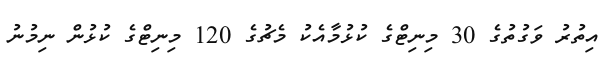
އިތުރު ވަގުތުގެ 30 މިނިޓްގެ ކުޅުމާއެކު މެޗުގެ 120 މިނިޓްގެ ކުޅުން ނިމުނު